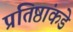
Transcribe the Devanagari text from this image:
प्रतिष्ठांकडे